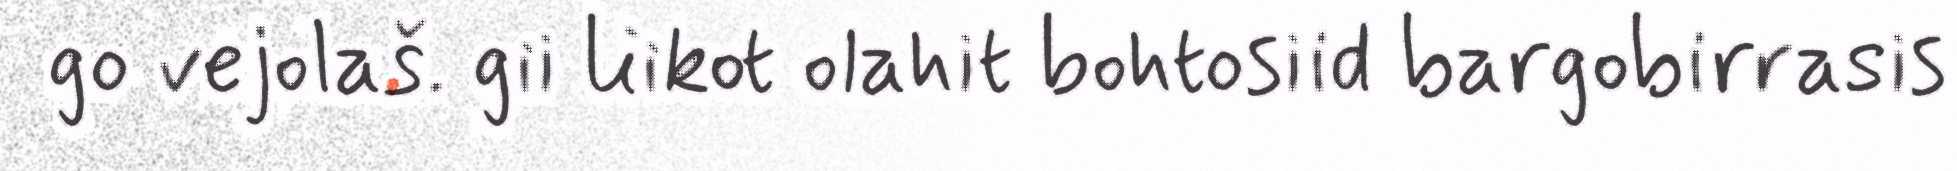
go vejolaš. gii liikot olahit bohtosiid bargobirrasis